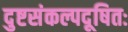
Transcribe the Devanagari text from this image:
दुष्टसंकल्पदूषितः